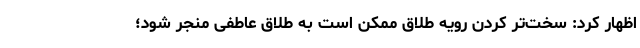
اظهار کرد: سخت‌تر کردن رویه طلاق ممکن است به طلاق عاطفی منجر شود؛